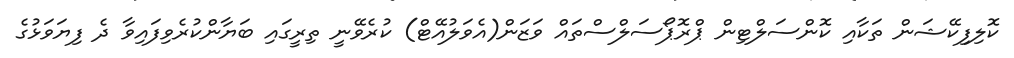
ކޮލިފިކޭޝަން ތަކާއި ކޮންސަލްޓިން ޕްރޮޕޯސަލްސްތައް ވަޒަން(އެވަލުއޭޓް) ކުރެވޭނީ ތިރީގައި ބަޔާންކުރެވިފައިވާ ދެ ފިޔަވަޅުގެ